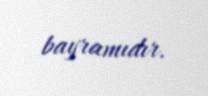
bayramıdır.